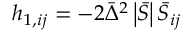
h _ { 1 , i j } = - 2 { \bar { \Delta } ^ { 2 } } \left| { \bar { S } } \right| { \bar { S } _ { i j } }